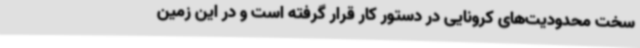
سخت محدودیت‌های کرونایی در دستور کار قرار گرفته است و در این زمین